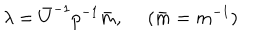
LaTeX: \lambda = \bar { U } ^ { - 1 } p ^ { - 1 } \bar { m } , ~ ~ ( \bar { m } = m ^ { - 1 } )